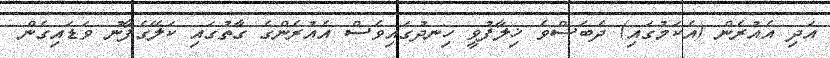
އަދި އެއުރެން (އެކަމުގައި) ދެބަސްވެ ޚިލާފުވީ ހިނދުގައިވެސް އެއުރެންގެ ގާތުގައި ކަލޭގެފާނު ވަޑައިގެން